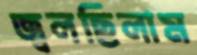
জ্বলছিলাম